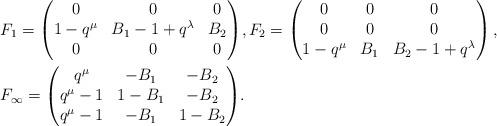
LaTeX: \begin{align*}& F_1 = \begin{pmatrix} 0 & 0 & 0\\ 1-q^{\mu} & B_1-1+q^{\lambda} & B_2\\ 0 & 0 & 0 \end{pmatrix}\!,F_2 = \begin{pmatrix} 0 & 0 & 0\\ 0 & 0 & 0\\ 1-q^{\mu} & B_1 & B_2-1+q^{\lambda} \end{pmatrix}, \\& F_{\infty} = \begin{pmatrix} q^{\mu} & -B_1 & -B_2\\ q^{\mu}-1 & 1-B_1 & -B_2\\ q^{\mu}-1 & -B_1 & 1-B_2 \end{pmatrix}\! .\end{align*}